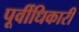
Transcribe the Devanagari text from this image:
पूर्वीधिकारी